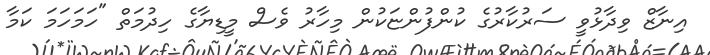
އިނާޒް ވިދާޅުވީ ސަރުކާރުގެ ކުންފުންޏަކުން މިހާރު ވެސް މީޑިޔާގެ ހިދުމަތް "ހަމަހަމަ ކަމާ